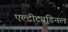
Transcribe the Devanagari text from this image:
एल्‍टीट्यूडिनल